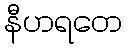
နီဟရတေ